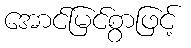
အောင်မြင်စွာဖြင့်